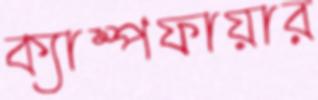
ক্যাম্পফায়ার